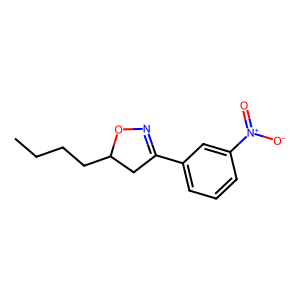
SMILES: CCCCC1CC(c2cccc([N+](=O)[O-])c2)=NO1
Inhibits HIV replication: No